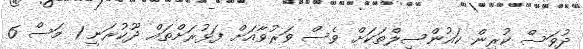
ދުވަސް ކުރިން ކައުންސިލްތަކަށް ވެސް ވަރުވާއަށް ފަޅުރަށްތައް ދޫކުރަނީ 1 މަސް 6